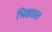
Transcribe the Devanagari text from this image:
भिक्षाव्रत